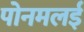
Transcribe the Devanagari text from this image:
पोनमलई